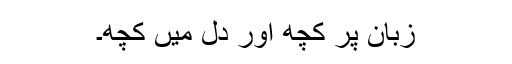
زبان پر کچھ اور دل میں کچھ۔